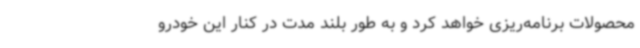
محصولات برنامه‌ریزی خواهد کرد و به طور بلند مدت در کنار این خودرو